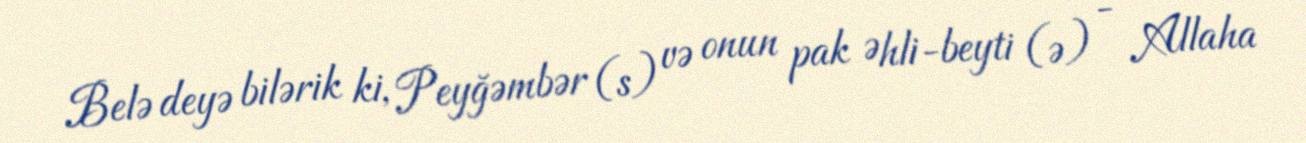
Belə deyə bilərik ki, Peyğəmbər (s) və onun pak Əhli-beyti (ə) - Allaha